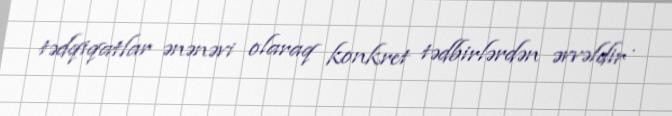
tədqiqatlar ənənəvi olaraq konkret tədbirlərdən əvvəldir .